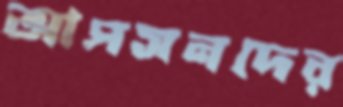
আপসনদের